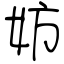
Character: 妨